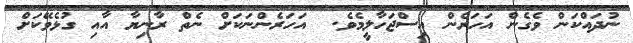
ނުދައްކަން ވެގެން އަހަރެން އިސްޖަހާލީމެވެ.  އަހަރެންނަކަށް ނެތް ރާނިޔާ އާއި ގުޅެވޭކަށް